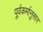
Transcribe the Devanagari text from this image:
पूर्वकर्मानुसार